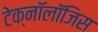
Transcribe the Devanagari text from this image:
टेक्नॉलॉजिस